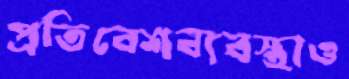
প্রতিবেশব্যবস্থাও